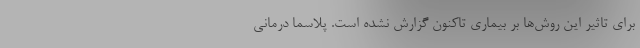
برای تاثیر این روش‌ها بر بیماری تاکنون گزارش نشده است. پلاسما درمانی